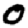
Digit: 0